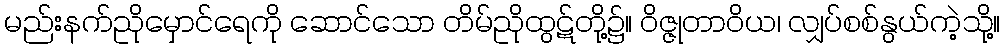
မည်းနက်ညိုမှောင်ရေကို ဆောင်သော တိမ်ညိုထွဋ်တို့၌။ ဝိဇ္ဇုတာဝိယ၊ လျှပ်စစ်နွယ်ကဲ့သို့။